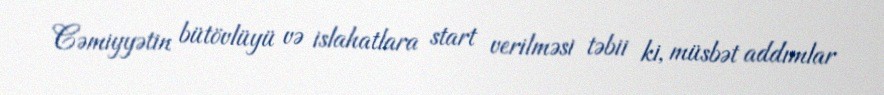
Cəmiyyətin bütövlüyü və islahatlara start verilməsi təbii ki, müsbət addımlar